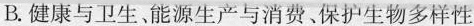
B.健康与卫生、能源生产与消费、保护生物多样性